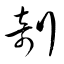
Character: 剞